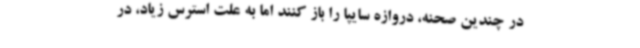
در چندین صحنه، دروازه سایپا را باز کنند اما به علت استرس زیاد، در